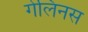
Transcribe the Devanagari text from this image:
गेलिनस